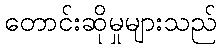
တောင်းဆိုမှုများသည်